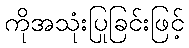
ကိုအသုံးပြုခြင်းဖြင့်